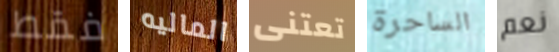
فقط الماليه تعتنى الساحرة نعم